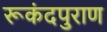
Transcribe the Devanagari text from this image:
रूकंदपुराण